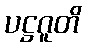
ပဋ္ဌဂူတိ